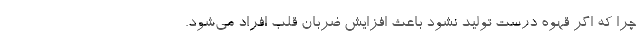
چرا که اگر قهوه درست تولید نشود باعث افزایش ضربان قلب افراد می‌شود.